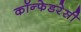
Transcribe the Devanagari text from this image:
कॉन्फेडरेसी